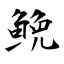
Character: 鮸